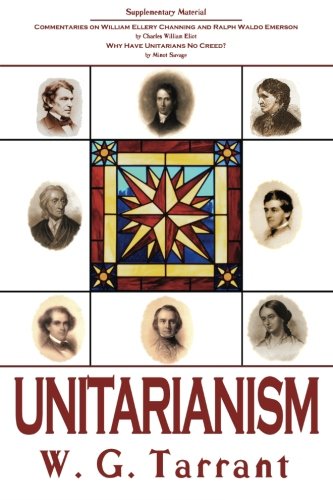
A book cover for Unitarianism; W. G. Tarrant; Religion & Spirituality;